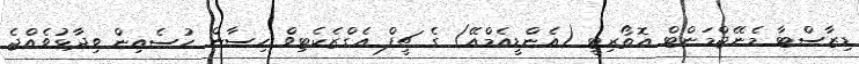
ޑިޒާސްޓާ މެނޭޖްމަންޓް އޮތޯރިޓީ (އެންޑީއެމްއޭ) ގެ ޗީފް އެގްޒެކެޓިވް ހިސާން ހުސެއިން ވިދާޅުވެއްޖެ